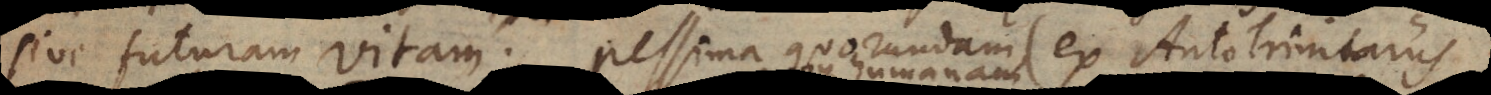
sive futuram vitam. Pessima quorundam (ex Antitrinitariis